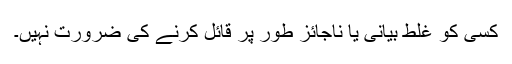
کسی کو غلط بیانی یا ناجائز طور پر قائل کرنے کی ضرورت نہیں۔